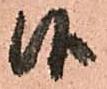
候